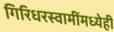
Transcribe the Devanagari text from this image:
गिरिधरस्वामींमध्येही